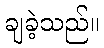
ချခဲ့သည်။